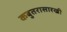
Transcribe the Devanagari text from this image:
कबुतरासारखी